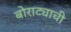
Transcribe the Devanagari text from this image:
बोराट्याची